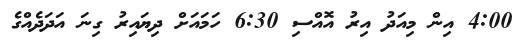
4:00 އިން މިއަދު އިރު އޮއްސި 6:30 ހަމައަށް ދިޔައިރު ގިނަ އަދަދެއްގެ